Treatise on elephants
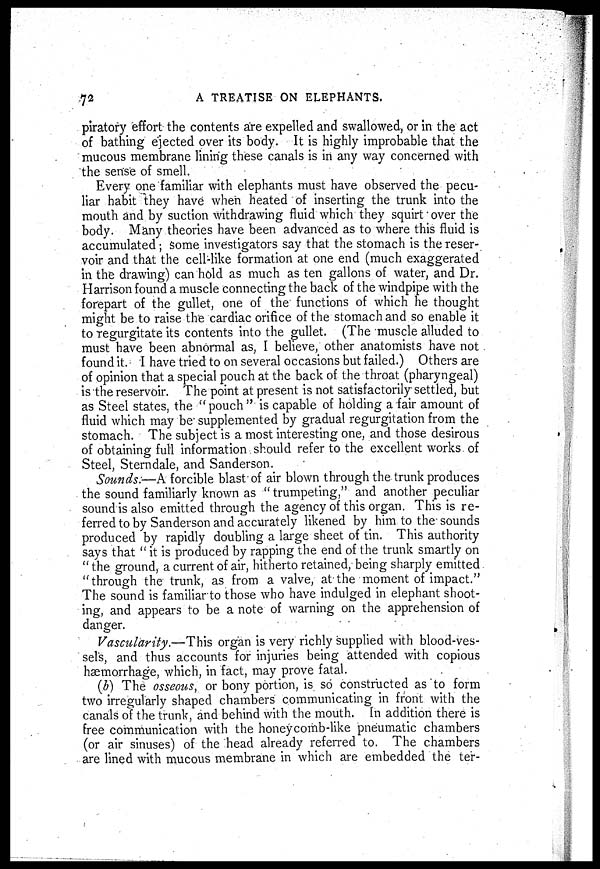
72
A TREATISE ON ELEPHANTS.
piratory effort the contents are expelled and swallowed, or in the act
of bathing ejected over its body. It is highly improbable that the
mucous membrane lining these canals is in any way concerned with
the sense of smell.
Every one familiar with elephants must have observed the pecu-
liar habit they have when heated of inserting the trunk into the
mouth and by suction withdrawing fluid which they squirt over the
body. Many theories have been advanced as to where this fluid is
accumulated ; some investigators say that the stomach is the reser-
voir and that the cell-like formation at one end (much exaggerated
in the drawing) can hold as much as ten gallons of water, and Dr.
Harrison found a muscle connecting the back of the windpipe with the
forepart of the gullet, one of the functions of which he thought
might be to raise the cardiac orifice of the stomach and so enable it
to regurgitate its contents into the gullet. (The muscle alluded to
must have been abnormal as, I believe, other anatomists have not
found it. I have tried to on several occasions but failed.) Others are
of opinion that a special pouch at the back of the throat (pharyngeal)
is the reservoir. The point at present is not satisfactorily settled, but
as Steel states, the "pouch" is capable of holding a fair amount of
fluid which may be supplemented by gradual regurgitation from the
stomach. The subject is a most interesting one, and those desirous
of obtaining full information should refer to the excellent works of
Steel, Sterndale, and Sanderson.
Sounds:—A forcible blast of air blown through the trunk produces
the sound familiarly known as "trumpeting," and another peculiar
sound is also emitted through the agency of this organ. This is re-
ferred to by Sanderson and accurately likened by him to the sounds
produced by rapidly doubling a large sheet of tin. This authority
says that " it is produced by rapping the end of the trunk smartly on
" the ground, a current of air, hitherto retained, being sharply emitted
" through the trunk, as from a valve, at the moment of impact."
The sound is familiar to those who have indulged in elephant shoot-
ing, and appears to be a note of warning on the apprehension of
danger.
Vascularity.—This organ is very richly supplied with blood-ves-
sel's, and thus accounts for injuries being attended with copious
haemorrhage, which, in fact, may prove fatal.
(b) The osseous, or bony portion, is so constructed as to form
two irregularly shaped chambers communicating in front with the
canals of the trunk, and behind with the mouth. In addition there is
free communication with the honey comb-like pneumatic chambers
(or air sinuses) of the head already referred to. The chambers
are lined with mucous membrane in which are embedded the ter-